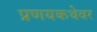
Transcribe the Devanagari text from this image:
प्रणयकथेवर